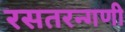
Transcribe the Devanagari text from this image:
रसतरन्गणी